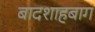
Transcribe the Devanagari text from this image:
बादशाहबाग